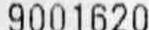
9001620